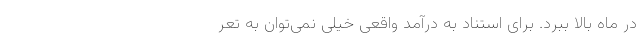
در ماه بالا ببرد. برای استناد به درآمد واقعی خیلی نمی‌توان به تعر